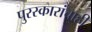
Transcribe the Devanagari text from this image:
पुरस्कारांचाही